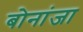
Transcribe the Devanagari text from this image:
बोनांजा